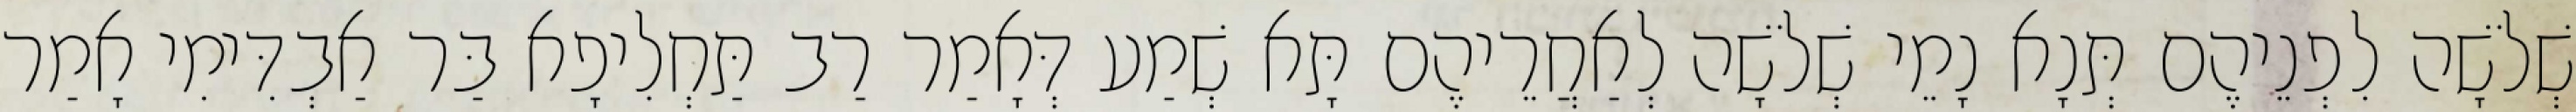
שְׁלֹשָׁה לִפְנֵיהֶם תְּנָא נָמֵי שְׁלֹשָׁה לְאַחֲרֵיהֶם תָּא שְׁמַע דְּאָמַר רַב תַּחְלִיפָא בַּר אַבְדִּימִי אָמַר